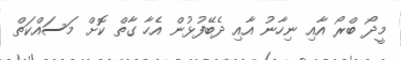
މީދޯ ބްރޯ އާއި ނިހާނު އާއި ދެބޭފުޅުން އެހާ ގާތް ކޮށް މަސައްކަތް